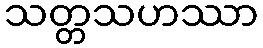
သတ္တသဟဿာ